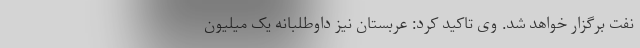
نفت برگزار خواهد شد. وی تاکید کرد: عربستان نیز داوطلبانه یک میلیون